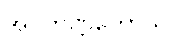
အဝကဏ္ဏကောသိ